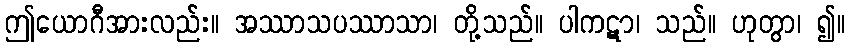
ဤယောဂီအားလည်း။ အဿာသပဿာသာ၊ တို့သည်။ ပါကဋာ၊ သည်။ ဟုတွာ၊ ၍။